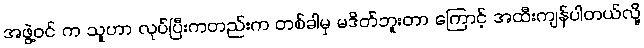
အဖွဲ့ဝင် က သူဟာ လုပ်ပြီးကတည်းက တစ်ခါမှ မဒိတ်ဘူးတာ ကြောင့် အထီးကျန်ပါတယ်လို့